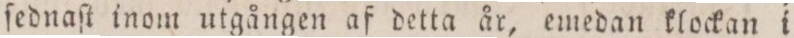
ſednaſt inom utgången af detta år, emedan klockan i